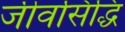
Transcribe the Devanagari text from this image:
जीवसिद्धि